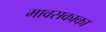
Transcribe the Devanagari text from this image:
मावसकाका